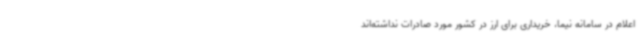
اعلام در سامانه نیما، خریداری برای ارز در کشور مورد صادرات نداشته‌اند